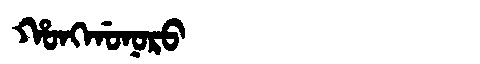
Manchu: ᡥᠣᠩᡤᠣᠨᠣᡵᠣ
Romanization: HONGGONORO